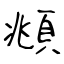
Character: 頫